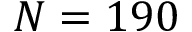
N = 1 9 0